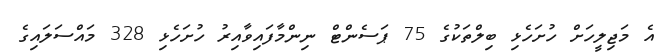
އެ މަޖިލީހަށް ހުށަހެޅި ބިލްތަކުގެ 75 ޕަސެންޓް ނިންމާފައިވާއިރު ހުށަހެޅި 328 މައްސަލައިގެ